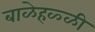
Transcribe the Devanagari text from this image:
बाळेहळ्ळी